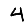
Digit: 4